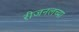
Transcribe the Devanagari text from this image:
रीजनलच्या